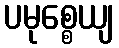
ပမုစ္စေယျ